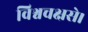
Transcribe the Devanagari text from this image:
विश्वचक्षसे।